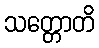
သတ္တောတိ